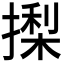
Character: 𭢍